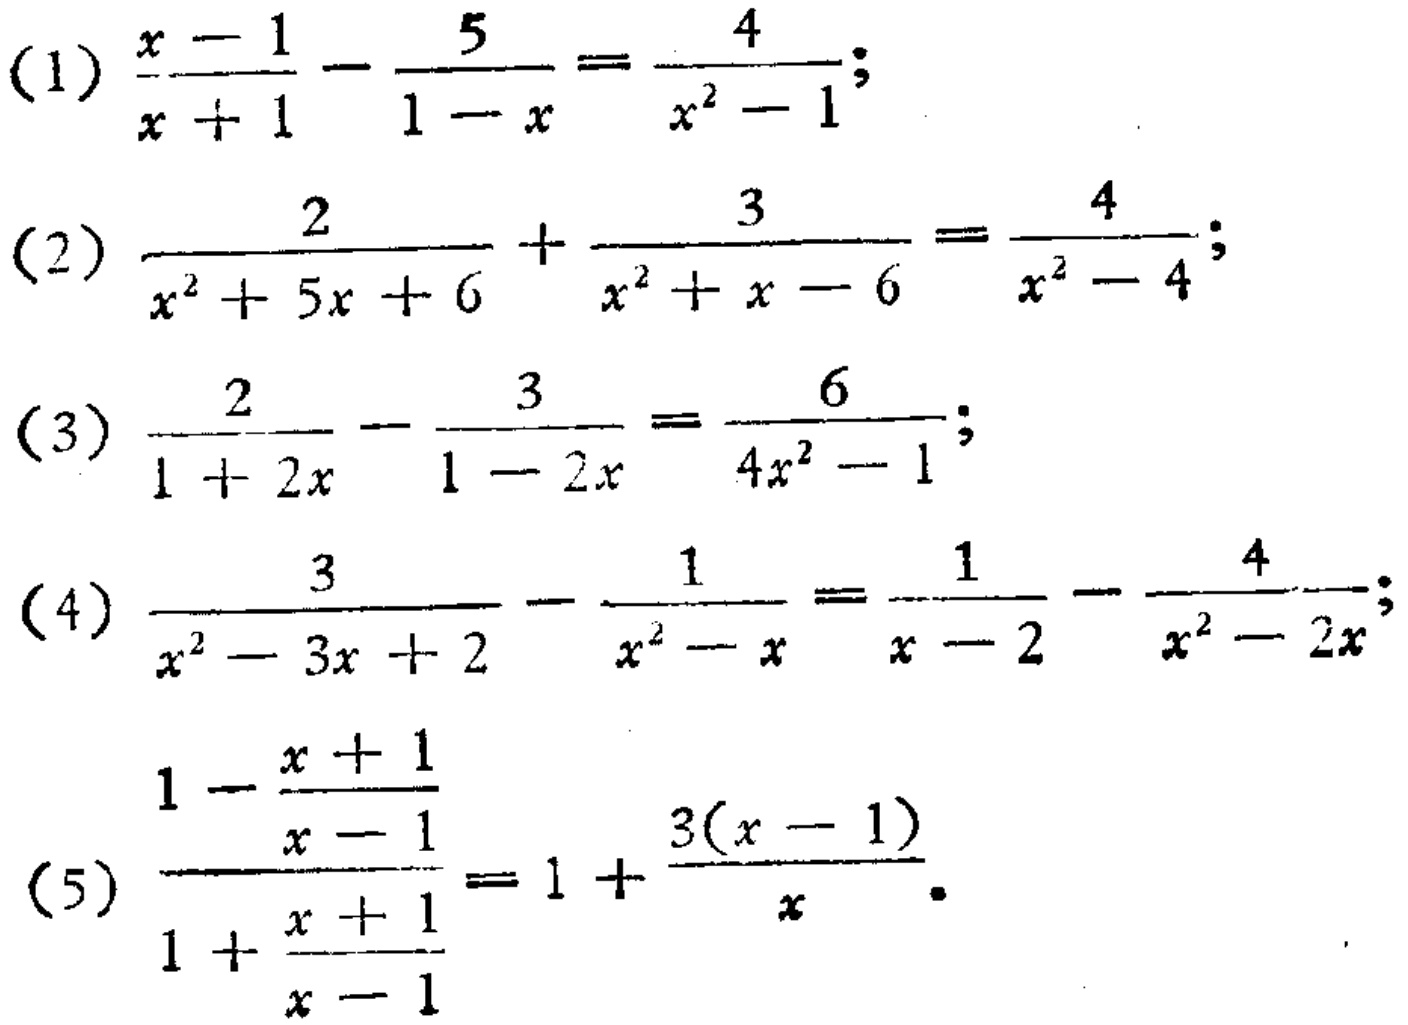
(1) \(\frac{x - 1}{x + 1}-\frac{5}{1 - x}=\frac{4}{x^{2}-1}\);
(2) \(\frac{2}{x^{2}+5x + 6}+\frac{3}{x^{2}+x - 6}=\frac{4}{x^{2}-4}\);
(3) \(\frac{2}{1 + 2x}-\frac{3}{1 - 2x}=\frac{6}{4x^{2}-1}\);
(4) \(\frac{3}{x^{2}-3x + 2}-\frac{1}{x^{2}-x}=\frac{1}{x - 2}-\frac{4}{x^{2}-2x}\);
(5) \(\frac{1-\frac{x + 1}{x - 1}}{1+\frac{x + 1}{x - 1}}=1+\frac{3(x - 1)}{x}\).